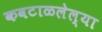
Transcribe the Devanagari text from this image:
कवटाळलेल्या